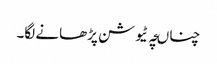
چناںچہ ٹیوشن پڑھانے لگا۔